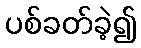
ပစ်ခတ်ခဲ့၍